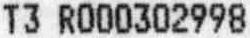
T3 R000302998